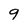
Character: q